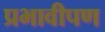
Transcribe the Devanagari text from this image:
प्रभावीपण